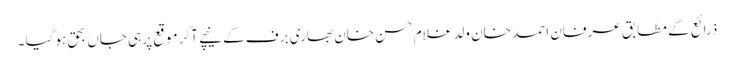
ذرائع کے مطابق عرفان احمد خان ولد غلام حسن خان بھاری برف کے نیچے آکر موقع پر ہی جاں بحق ہوگیا ۔